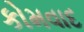
કોમવાદ